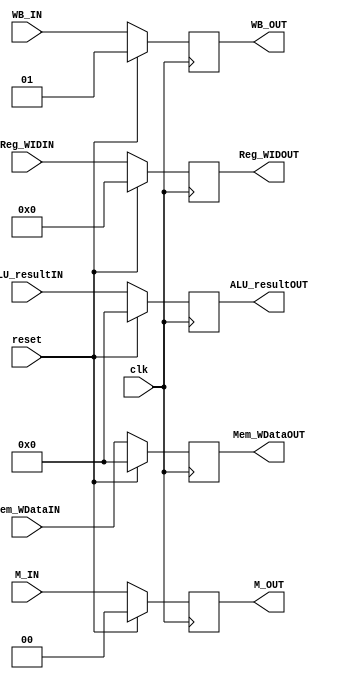
module EX_MEMpipe(
	clk, reset,
	WB_IN, M_IN,
	ALU_resultIN, Mem_WDataIN, Reg_WIDIN,
	WB_OUT, M_OUT,
	ALU_resultOUT, Mem_WDataOUT, Reg_WIDOUT
	);
	
	input 	clk, reset;
	input [1:0]	WB_IN;
	input [1:0]	M_IN;
	input [31:00]	ALU_resultIN;
	input [31:00]	Mem_WDataIN;
	input [4:0]	Reg_WIDIN;
	
	output [1:0]	WB_OUT;
	output [1:0]	M_OUT;
	output [31:00]	ALU_resultOUT;
	output [31:00]	Mem_WDataOUT;
	output [4:0]	Reg_WIDOUT;

	reg [1:0]	WB_OUT;
	reg [1:0]	M_OUT;
	reg [31:00]	ALU_resultOUT;
	reg [31:00]	Mem_WDataOUT;
	reg [4:0]	Reg_WIDOUT;

	always @(posedge clk) begin
		if (reset) begin
			WB_OUT		<= 2'b01;
			M_OUT		<= 2'b00;
			ALU_resultOUT	<= 32'b0;
			Mem_WDataOUT	<= 32'b0;
			Reg_WIDOUT	<= 5'b0;
		end
		else begin
			WB_OUT		<= WB_IN;
			M_OUT		<= M_IN;
			ALU_resultOUT	<= ALU_resultIN;
			Mem_WDataOUT	<= Mem_WDataIN;
			Reg_WIDOUT	<= Reg_WIDIN;
		end
	end
	
endmodule